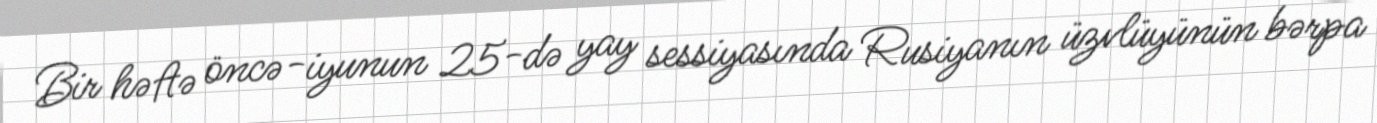
Bir həftə öncə-iyunun 25-də yay sessiyasında Rusiyanın üzvlüyünün bərpa